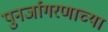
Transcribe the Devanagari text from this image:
पुनर्जागरणाच्या